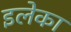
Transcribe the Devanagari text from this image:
इलेका